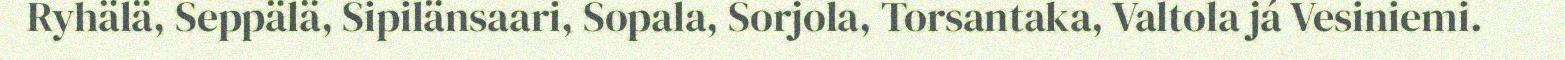
Ryhälä, Seppälä, Sipilänsaari, Sopala, Sorjola, Torsantaka, Valtola já Vesiniemi.